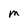
Character: m